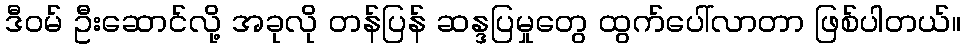
ဒီဝမ် ဦးဆောင်လို့ အခုလို တန်ပြန် ဆန္ဒပြမှုတွေ ထွက်ပေါ်လာတာ ဖြစ်ပါတယ်။